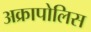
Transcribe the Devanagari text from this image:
अक्रापोलिस